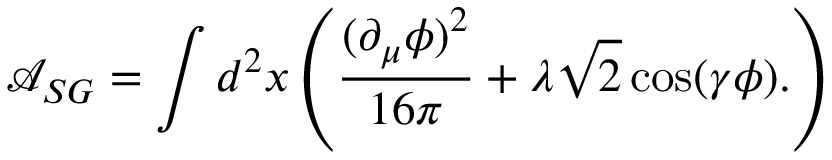
\mathcal { A } _ { S G } = \int d ^ { 2 } x \left( \frac { ( \partial _ { \mu } \phi ) ^ { 2 } } { 1 6 \pi } + \lambda \sqrt { 2 } \cos ( \gamma \phi ) . \right)